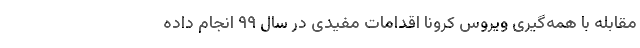
مقابله با همه‌گیری ویروس کرونا اقدامات مفیدی در سال ۹۹ انجام داده